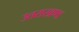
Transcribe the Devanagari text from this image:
उतराखण्ड